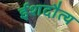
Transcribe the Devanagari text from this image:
ईशदौत्य